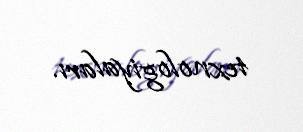
texnologiyaları.